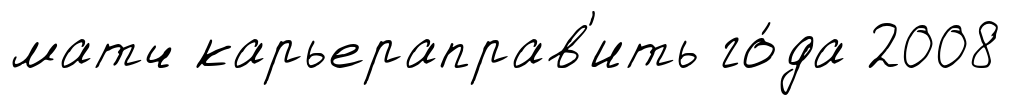
матч карьераправ'ить го́да 2008